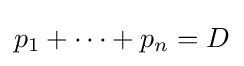
p_{1}+\cdots +p_{n}=D